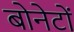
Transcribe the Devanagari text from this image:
बोनेटों